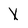
Character: X